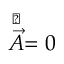
\stackrel { \triangledown } { \vec { A } } = \boldsymbol { 0 }